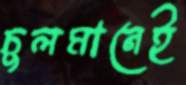
চুলমানেই